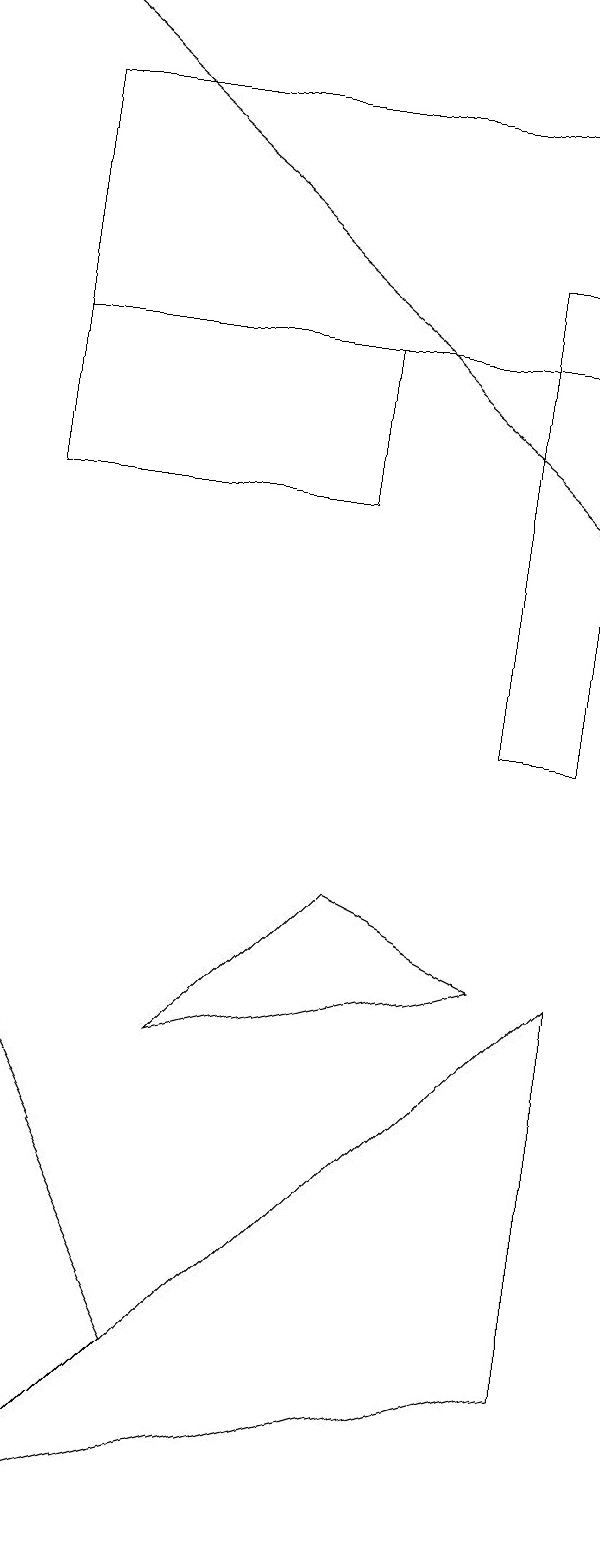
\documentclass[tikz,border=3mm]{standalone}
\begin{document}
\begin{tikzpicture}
\draw (8,10) rectangle (9,16);
\draw (2,6) -- (2,0) -- (4,2) -- cycle;
\draw (9,2) -- (9,7) -- (2,0) -- cycle;
\draw (2,15) rectangle (6,13);
\draw (2,15) rectangle (9,18);
\draw[->] (2,19) -- (9,13);
\draw (6,8) -- (8,7) -- (4,6) -- cycle;
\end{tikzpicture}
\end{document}